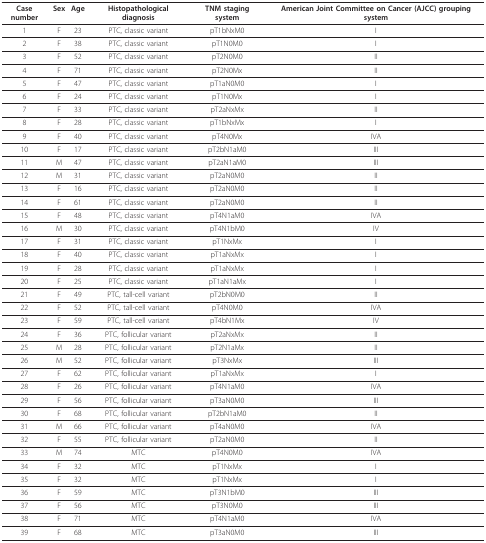
<table><thead><tr><td><b>Case number</b></td><td><b>Sex</b></td><td><b>Age</b></td><td><b>Histopathological diagnosis</b></td><td><b>TNM staging system</b></td><td><b>American Joint Committee on Cancer (AJCC) grouping system</b></td></tr></thead><tbody><tr><td>1</td><td>F</td><td>23</td><td>PTC, classic variant</td><td>pT1bNxM0</td><td>I</td></tr><tr><td>2</td><td>F</td><td>38</td><td>PTC, classic variant</td><td>pT1N0M0</td><td>I</td></tr><tr><td>3</td><td>F</td><td>52</td><td>PTC, classic variant</td><td>pT2N0M0</td><td>II</td></tr><tr><td>4</td><td>F</td><td>71</td><td>PTC, classic variant</td><td>pT2N0Mx</td><td>II</td></tr><tr><td>5</td><td>F</td><td>47</td><td>PTC, classic variant</td><td>pT1aN0M0</td><td>I</td></tr><tr><td>6</td><td>F</td><td>24</td><td>PTC, classic variant</td><td>pT1N0Mx</td><td>I</td></tr><tr><td>7</td><td>F</td><td>33</td><td>PTC, classic variant</td><td>pT2aNxMx</td><td>II</td></tr><tr><td>8</td><td>F</td><td>28</td><td>PTC, classic variant</td><td>pT1bNxMx</td><td>I</td></tr><tr><td>9</td><td>F</td><td>40</td><td>PTC, classic variant</td><td>pT4N0Mx</td><td>IVA</td></tr><tr><td>10</td><td>F</td><td>17</td><td>PTC, classic variant</td><td>pT2bN1aM0</td><td>III</td></tr><tr><td>11</td><td>M</td><td>47</td><td>PTC, classic variant</td><td>pT2aN1aM0</td><td>III</td></tr><tr><td>12</td><td>M</td><td>31</td><td>PTC, classic variant</td><td>pT2aN0M0</td><td>II</td></tr><tr><td>13</td><td>F</td><td>16</td><td>PTC, classic variant</td><td>pT2aN0M0</td><td>II</td></tr><tr><td>14</td><td>F</td><td>61</td><td>PTC, classic variant</td><td>pT2aN0M0</td><td>II</td></tr><tr><td>15</td><td>F</td><td>48</td><td>PTC, classic variant</td><td>pT4N1aM0</td><td>IVA</td></tr><tr><td>16</td><td>M</td><td>30</td><td>PTC, classic variant</td><td>pT4N1bM0</td><td>IV</td></tr><tr><td>17</td><td>F</td><td>31</td><td>PTC, classic variant</td><td>pT1NxMx</td><td>I</td></tr><tr><td>18</td><td>F</td><td>40</td><td>PTC, classic variant</td><td>pT1aNxMx</td><td>I</td></tr><tr><td>19</td><td>F</td><td>28</td><td>PTC, classic variant</td><td>pT1aNxMx</td><td>I</td></tr><tr><td>20</td><td>F</td><td>25</td><td>PTC, classic variant</td><td>pT1aN1aMx</td><td>I</td></tr><tr><td>21</td><td>F</td><td>49</td><td>PTC, tall-cell variant</td><td>pT2bN0M0</td><td>II</td></tr><tr><td>22</td><td>F</td><td>52</td><td>PTC, tall-cell variant</td><td>pT4N0M0</td><td>IVA</td></tr><tr><td>23</td><td>F</td><td>59</td><td>PTC, tall-cell variant</td><td>pT4bN1Mx</td><td>IV</td></tr><tr><td>24</td><td>F</td><td>36</td><td>PTC, follicular variant</td><td>pT2aNxMx</td><td>II</td></tr><tr><td>25</td><td>M</td><td>28</td><td>PTC, follicular variant</td><td>pT2N1aMx</td><td>II</td></tr><tr><td>26</td><td>M</td><td>52</td><td>PTC, follicular variant</td><td>pT3NxMx</td><td>III</td></tr><tr><td>27</td><td>F</td><td>62</td><td>PTC, follicular variant</td><td>pT1aNxMx</td><td>I</td></tr><tr><td>28</td><td>F</td><td>26</td><td>PTC, follicular variant</td><td>pT4N1aM0</td><td>IVA</td></tr><tr><td>29</td><td>F</td><td>56</td><td>PTC, follicular variant</td><td>pT3aN0M0</td><td>III</td></tr><tr><td>30</td><td>F</td><td>68</td><td>PTC, follicular variant</td><td>pT2bN1aM0</td><td>II</td></tr><tr><td>31</td><td>M</td><td>66</td><td>PTC, follicular variant</td><td>pT4aN0M0</td><td>IVA</td></tr><tr><td>32</td><td>F</td><td>55</td><td>PTC, follicular variant</td><td>pT2aN0M0</td><td>II</td></tr><tr><td>33</td><td>M</td><td>74</td><td>MTC</td><td>pT4N0M0</td><td>IVA</td></tr><tr><td>34</td><td>F</td><td>32</td><td>MTC</td><td>pT1NxMx</td><td>I</td></tr><tr><td>35</td><td>F</td><td>32</td><td>MTC</td><td>pT1NxMx</td><td>I</td></tr><tr><td>36</td><td>F</td><td>59</td><td>MTC</td><td>pT3N1bM0</td><td>III</td></tr><tr><td>37</td><td>F</td><td>56</td><td>MTC</td><td>pT3N0M0</td><td>III</td></tr><tr><td>38</td><td>F</td><td>71</td><td>MTC</td><td>pT4N1aM0</td><td>IVA</td></tr><tr><td>39</td><td>F</td><td>68</td><td>MTC</td><td>pT3aN0M0</td><td>III</td></tr></tbody></table>